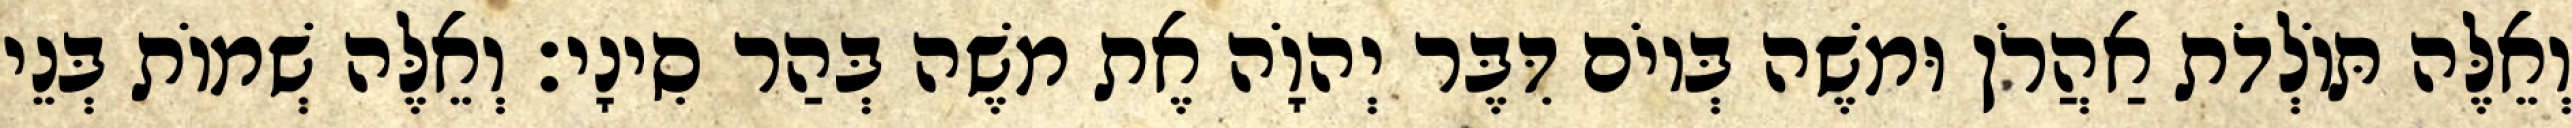
וְאֵלֶּה תּוֹלְדֹת אַהֲרֹן וּמשֶׁה בְּיוֹם דִּבֶּר יְהוָֹה אֶת משֶׁה בְּהַר סִינָי׃ וְאֵלֶּה שְׁמוֹת בְּנֵי